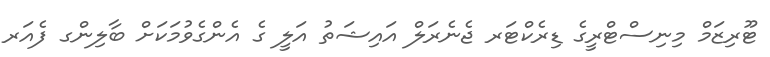
ޓޫރިޒަމް މިނިސްޓްރީގެ ޑިރެކްޓަރ ޖެނެރަލް އައިޝަތު އަލީ ގެ އެންގެވުމަކަށް ބާލިންގ ފެއަރ